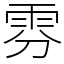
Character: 雰